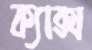
ক্যাক্স